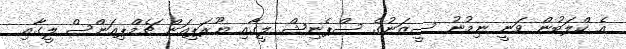
އެ ކްލަބުން ވަނީ ނިމުނު ސީޒަނުގެ ސްޕެނިޝް ލީގާއި ޔޫރަޕިއަން ޗެމްޕިއަންސް ލީގާއި